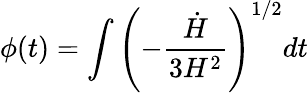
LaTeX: \phi(t)=\int{\left(-{{\frac{\dot{H}}{3H^{2}}}}\right)^{1/2}}dt